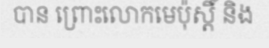
បាន ព្រោះលោកមេប៉ុស្តិ៍ និង